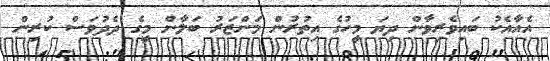
އެއާއެކު ބައިވެރިވާން ދިޔަ މީހުގެ އިތުރުން މަންޒަރު ބަލާން މީގެ ދެދުވަސް ކުރިން